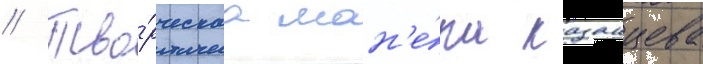
// Тво́рческаа ман'е́ра казанцева